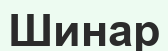
Шинар